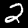
Label: 2